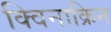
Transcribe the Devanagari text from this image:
क्विनाक्रिन